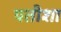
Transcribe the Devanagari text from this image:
पतीशा